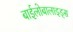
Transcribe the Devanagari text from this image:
बाईलोबालाइड्स